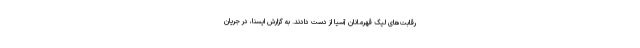
رقابت‌های لیگ قهرمانان آسیا از دست دادند. به گزارش ایسنا، در جریان